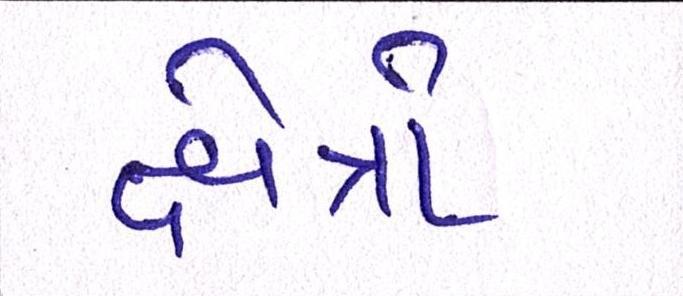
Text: ક્ષેત્રો